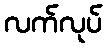
လက်လုပ်